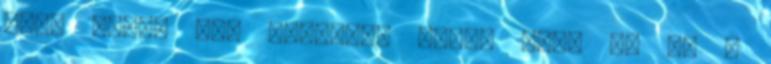
stb. Igen. Azt gondolom értem ezt. De mi a